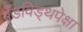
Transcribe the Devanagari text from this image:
बँडविड्थपेक्षा